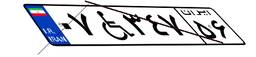
۰۷W۳۴۷۵۶